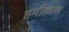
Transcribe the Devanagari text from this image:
हर्षौल्लास